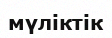
мүліктік